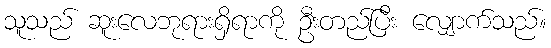
သူသည် ဆူးလေဘုရားရှိရာကို ဦးတည်ပြီး လျှောက်သည်။